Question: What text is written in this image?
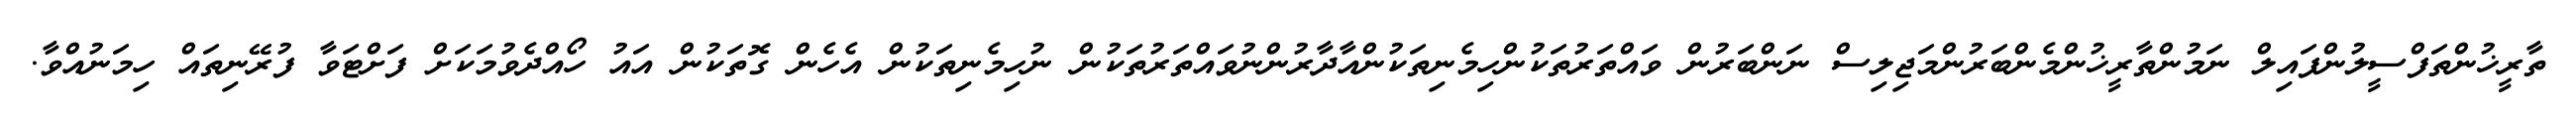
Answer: ތާރީޚުންތަފްސީލުންފައިލް ނަމުންތާރީޚުންމެންބަރުންމަޖިލިސް ނަންބަރުން ވައްތަރުތަކުންހިމެނިތަކުންއާދާރުންނުވައްތަރުތަކުން ނުހިމެނިތަކުން އެހެން ގޮތަކުން އައު ހޯއްދެވުމަކަށް ފަށްޓަވާ ފުރޭނިތައް ހިމަނުއްވާ.